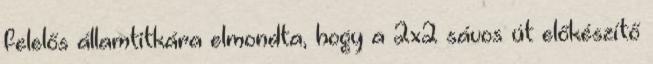
felelős államtitkára elmondta, hogy a 2x2 sávos út előkészítő